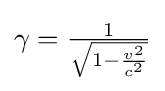
\gamma ={\tfrac {1}{\sqrt {1-{\frac {v^{2}}{c^{2}}}}}}